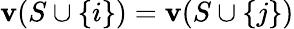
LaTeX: \mathbf{v}(S\cup\{ i\} )=\mathbf{v}(S\cup\{ j\} )